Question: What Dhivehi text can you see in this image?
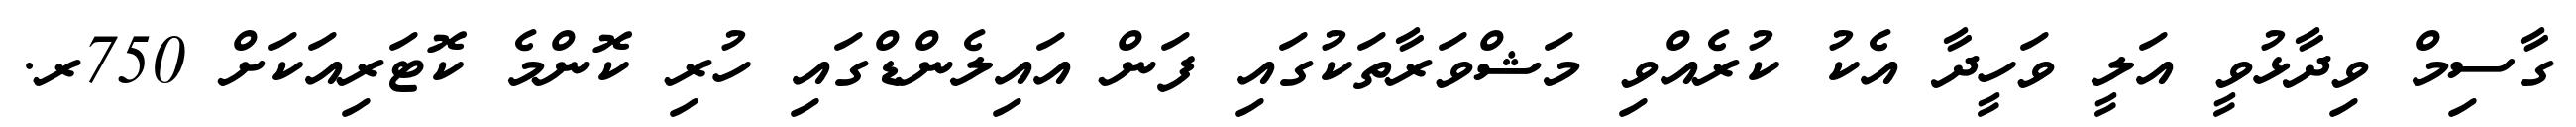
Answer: ގާސިމް ވިދާޅުވީ އަލީ ވަހީދާ އެކު ކުރެއްވި މަޝްވަރާތަކުގައި ފަން އައިލެންޑްގައި ހުރި ކޮންމެ ކޮޓަރިއަކަށް 750ރ.